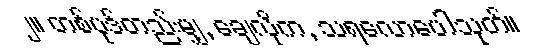
၂။ တစ်ပုဒ်တည်းမျှ, ချေလိုက, သရလောပေါသုတ်။